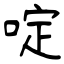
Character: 啶